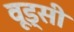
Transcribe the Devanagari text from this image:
वूड्सी